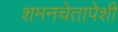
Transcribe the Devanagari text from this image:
शमनचेतापेशी